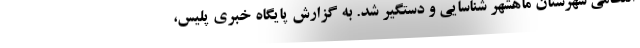
انتظامی شهرستان ماهشهر شناسایی و دستگیر شد. به گزارش پایگاه خبری پلیس،